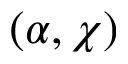
( \alpha , \chi )